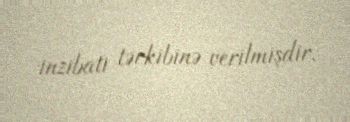
inzibati tərkibinə verilmişdir.